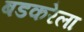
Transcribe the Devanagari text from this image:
बडकरेला